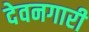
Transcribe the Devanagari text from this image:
देवनगारी